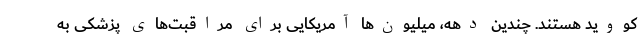
کووید هستند. چندین دهه، میلیون‌ها آمریکایی برای مراقبت‌های پزشکی به